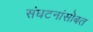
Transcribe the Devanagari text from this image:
संघटनांसोबत